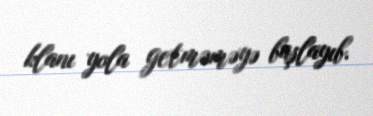
klanı yola getməməyə başlayıb.